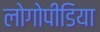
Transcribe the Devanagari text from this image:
लोगोपीडिया